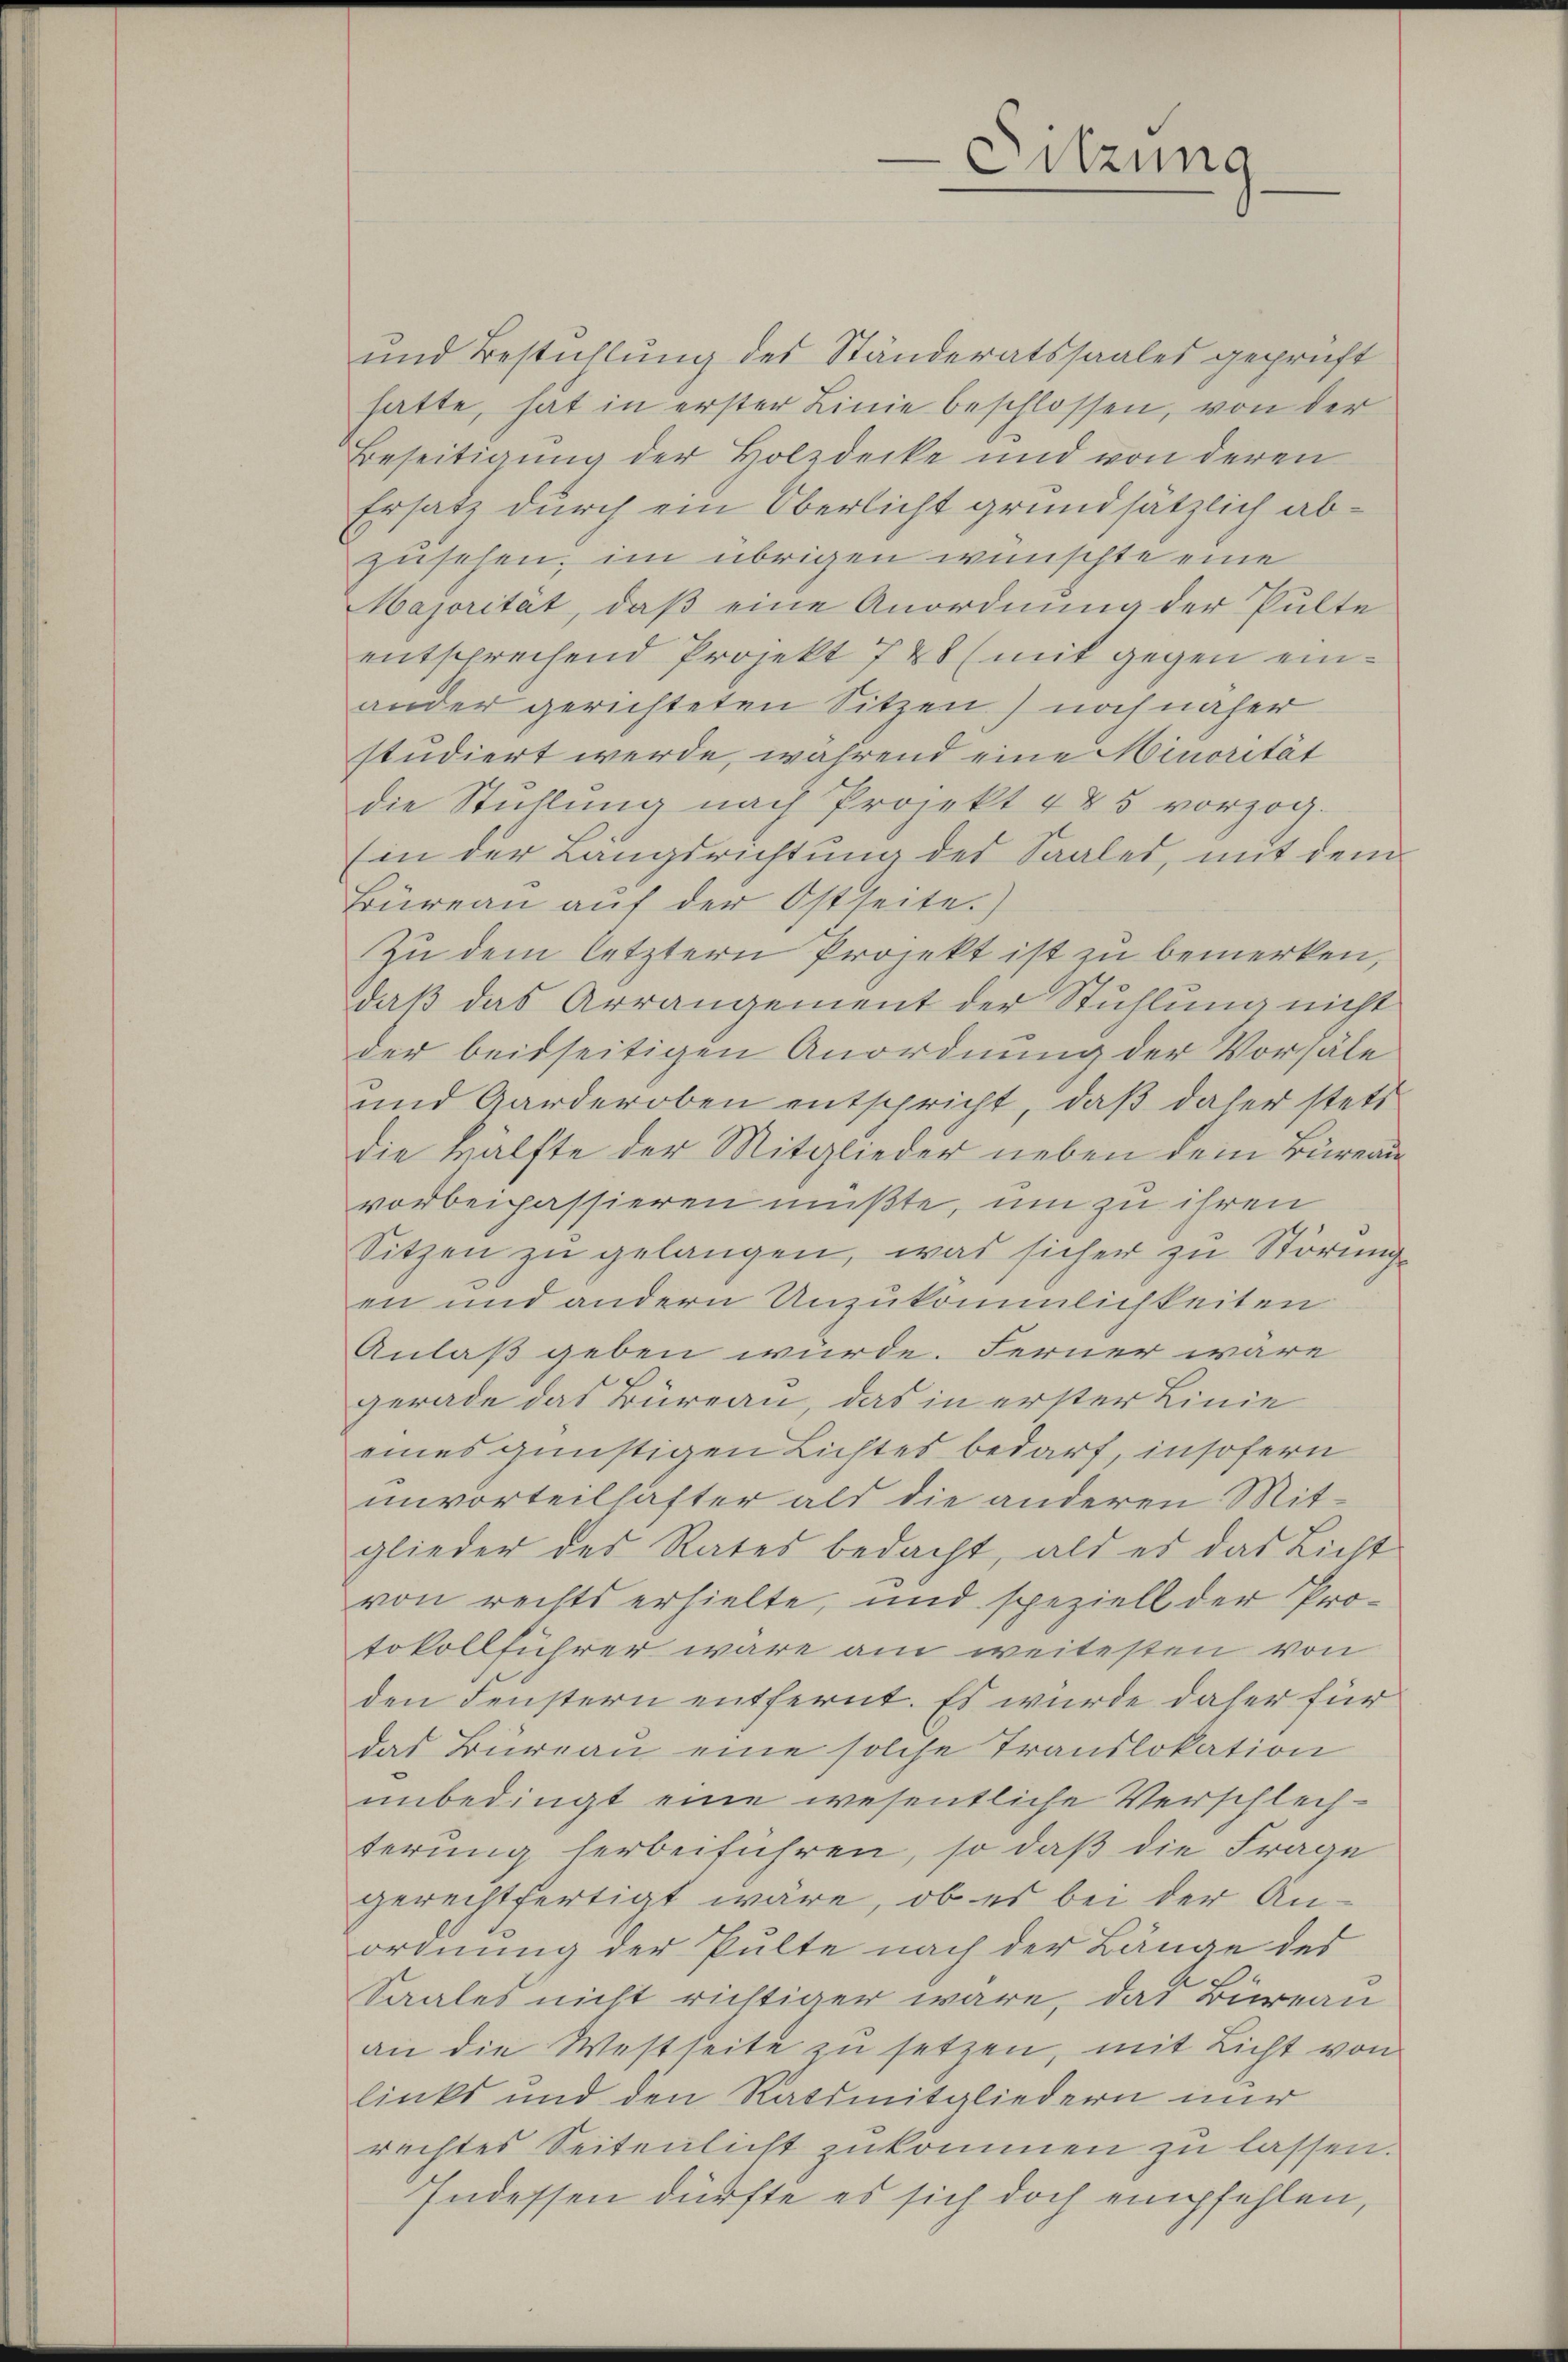
Sitzung

und Bestühlung des Ständeratssaales geprüft
hatte, hat in erster Linie beschlossen, von der
Beseitigung der Holzdecke und von deren
Ersatz durch ein Oberlicht grundsätzlich abzusehen, im übrigen wünschte eine
Majorität, daß eine Anordnung der Pulte
entsprechend Projekt 740 (mit gegen einander gerichteten Sitzen) noch näher
studiert werde, während eine Minorität
die Stühlŭng nach Projekt 425 vorzog.
(in der Langsrichtung des Saales, mit dem
Büreau auf der Ostseite.)
Zu dem letztern Projekt ist zu bemerken,
daß das Arrangement der Stuhlung nicht
der beidseitigen Anordnung der Vorsäle
und Garderoben entspricht, daß daher stett
die Hälfte der Mitglieder neben dem Büreau
vorbeipassieren müßte, um zu ihren
Sitzen zu gelangen, was sicher zu Störungs
en und andern Unzukömmlichkeiten
Anlaß geben würde. Ferner wäre
gerade das Büreau, das in erster Linie
eines günstigen Lichtes bedarf, insofern
unvorteilhafter als die anderen Mitglieder des Rates bedacht, als es das Licht
von rechts erhielte, und speziell der Protokollführer wäre am weitesten von
den Fenstern entfernt. Es wurde daher für
das Büreau eine solche Translokation
unbedingt eine wesentliche Verschlech-
terung herbeiführen, so daß die Frage
gerechtfertigt wäre, ob es bei der Anordnung der Pulte nach der Länge des
Saales nicht richtiger wäre, das Büreau
an die Westseite zu setzen, mit Licht von
links und den Ratsmitgliedern nur
rechtes Seitenlicht zukommen zu lassen.
Indessen dürfte es sich doch empfehlen,